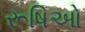
રૂષિઓ